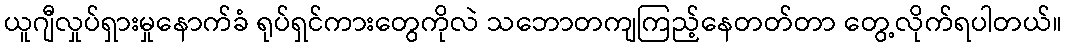
ယူဂျီလှုပ်ရှားမှုနောက်ခံ ရုပ်ရှင်ကားတွေကိုလဲ သဘောတကျကြည့်နေတတ်တာ တွေ့လိုက်ရပါတယ်။